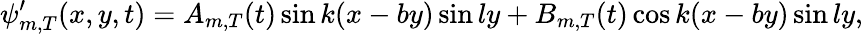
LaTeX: \psi_{m,T}^{\prime}(x,y,t)={A_{m,T}}(t)\sin k(x-by)\sin ly+{B_{m,T}}(t)\cos k(x-by)\sin ly,